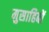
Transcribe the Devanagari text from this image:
मुसाहिबों